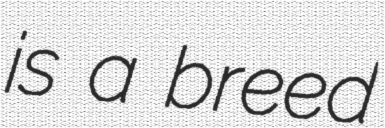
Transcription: is a breed